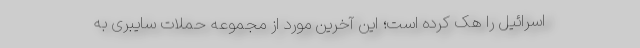
اسرائیل را هک کرده است؛ این آخرین مورد از مجموعه حملات سایبری به